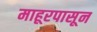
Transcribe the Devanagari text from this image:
माहूरपासून